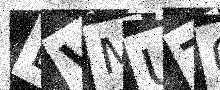
Text: EVMUT0